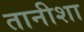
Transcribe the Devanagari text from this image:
तानीशा